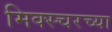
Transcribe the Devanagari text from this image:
मिक्स्चरच्या